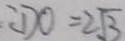
\therefore D O = 2 \sqrt { 3 }